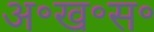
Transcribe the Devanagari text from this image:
अ॰ख॰स॰